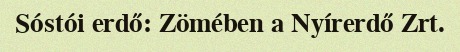
Sóstói erdő: Zömében a Nyírerdő Zrt.